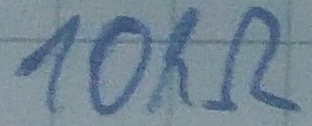
Text: 10kΩ